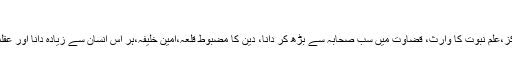
خطیب ِخوارزمی)مفکر مذہب ِحنفی)
” امیر الموٴمنین علی علیہ السلام،شجاعت و بہادری کا مرکز،علمِ نبوت کا وارث، قضاوت میں سب صحابہ سے بڑھ کر دانا، دین کا مضبوط قلعہ،امین خلیفہ،ہر اُس انسان سے زیادہ دانا اور عقلمند جو اس روئے زمین پر ہے اور آسمان کے نیچے ہے۔